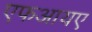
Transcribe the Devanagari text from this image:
एफआयए